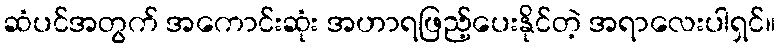
ဆံပင်အတွက် အကောင်းဆုံး အဟာရဖြည့်ပေးနိုင်တဲ့ အရာလေးပါရှင်။